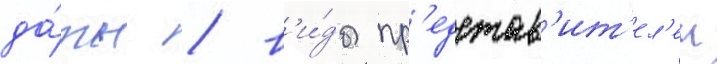
да́ты / в'и́ды пр'едстав'ит'ел'еи